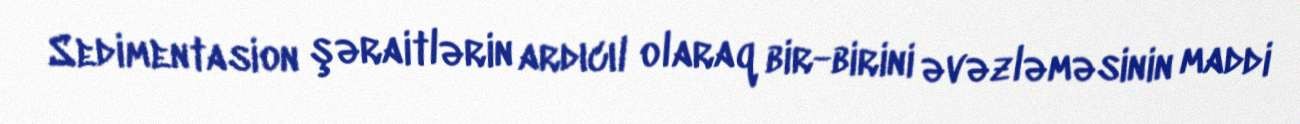
Sedimentasion şəraitlərin ardıcıl olaraq bir-birini əvəzləməsinin maddi